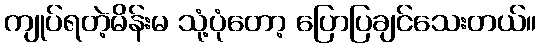
ကျုပ်ရတဲ့မိန်းမ သုံ့ပုံတော့ ပြောပြချင်သေးတယ်။